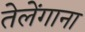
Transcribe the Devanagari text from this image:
तेलेंगाना